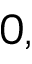
0 ,